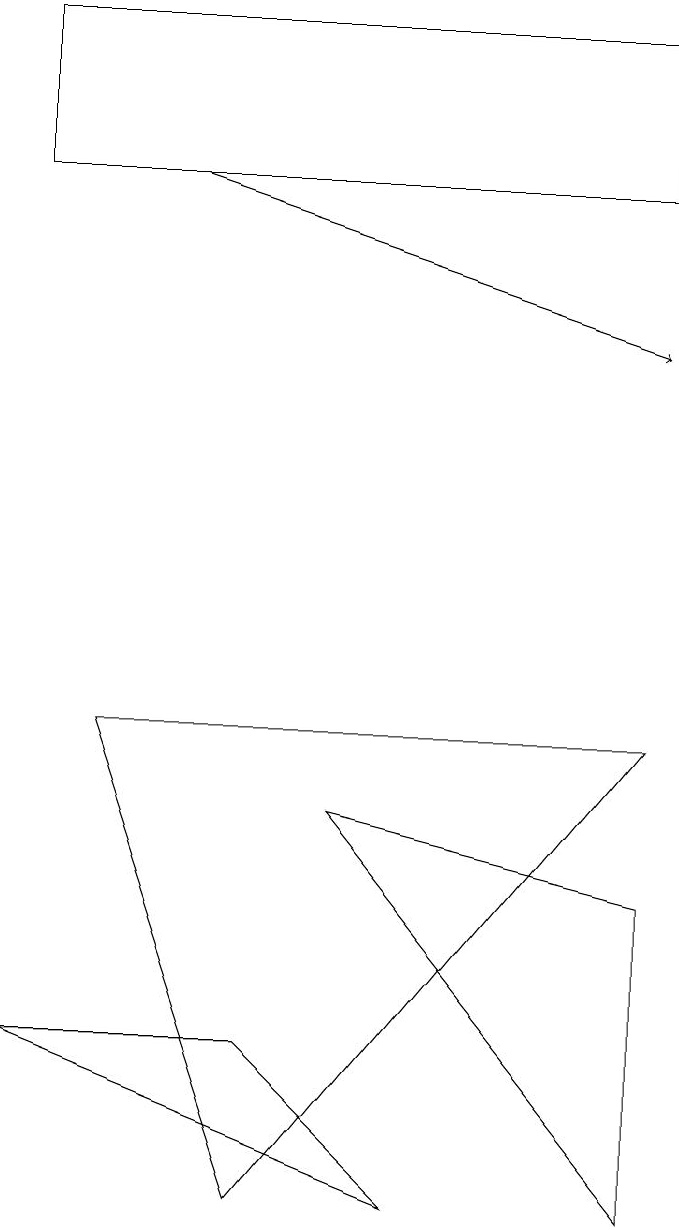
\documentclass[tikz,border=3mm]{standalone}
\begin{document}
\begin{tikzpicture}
\draw (1,6) -- (8,6) -- (3,0) -- cycle;
\draw (0,15) rectangle (8,13);
\draw[->] (2,13) -- (8,11);
\draw (8,0) -- (4,5) -- (8,4) -- cycle;
\draw (5,0) -- (0,2) -- (3,2) -- cycle;
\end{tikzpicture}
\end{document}